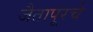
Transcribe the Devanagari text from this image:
जैतापूरचे